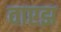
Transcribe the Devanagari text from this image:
वाएझ